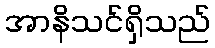
အာနိသင်ရှိသည်